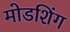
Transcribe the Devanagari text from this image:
मोडशिंग